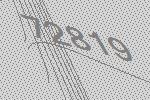
72819